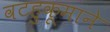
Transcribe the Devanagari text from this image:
वटहुकूमाने